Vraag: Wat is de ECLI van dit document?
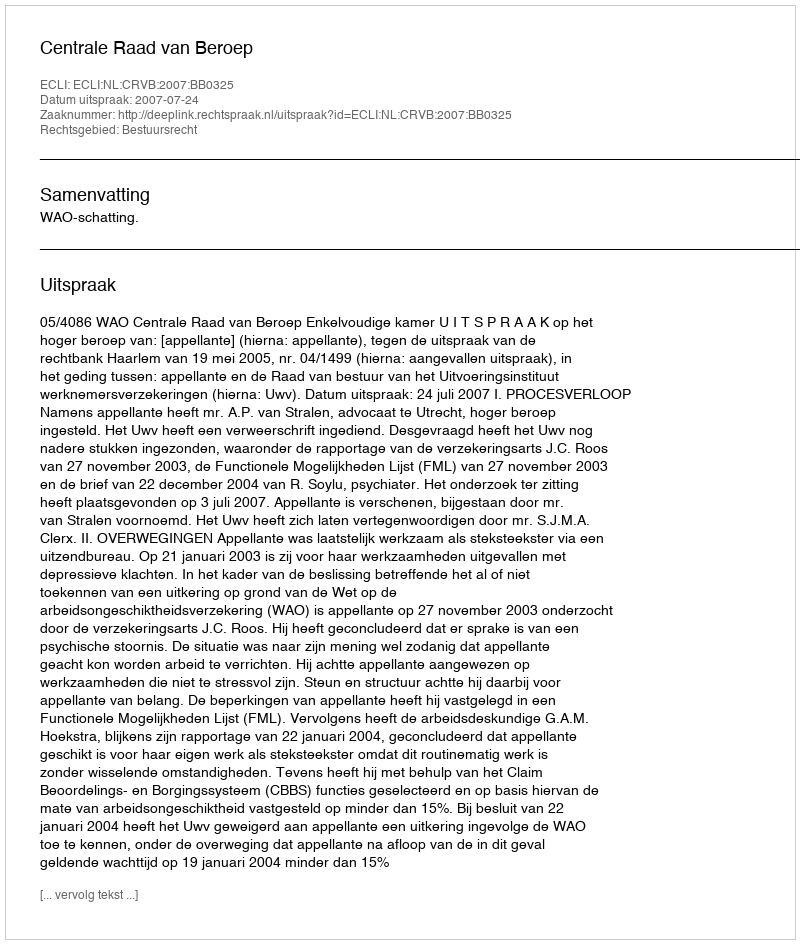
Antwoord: ECLI:NL:CRVB:2007:BB0325